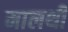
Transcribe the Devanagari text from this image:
मालथी